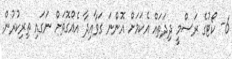
6- ކޯޓުގެ ރަސްމީ ދިދަތައް އެކަމަށް އޮންނަ ގަވާއިދާ އެއްގޮތަށް ނަގައި ތިރިކުރުން.